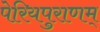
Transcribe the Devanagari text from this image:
पेरियपुराणम्